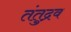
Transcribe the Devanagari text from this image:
तंतुद्रव